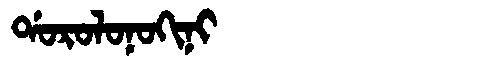
Manchu: ᡩᠣᡵᠣᠯᠣᠨᠣᡴᡳᠨᡳ
Romanization: DOROLONOKINI